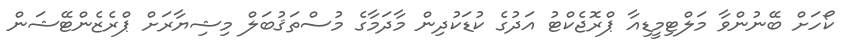
ކޯހަށް ބޭނުންވާ މަލްޓިމީޑިއާ ޕްރޮޖެކްޓު އަދުގެ ކުޑަކުދިން މާދަމާގެ މުސްތަޤުބަލް މިޝިޔާރަށް ޕްރެޒެންޓޭޝަން